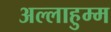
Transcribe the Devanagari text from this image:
अल्लाहुम्म